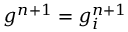
g ^ { n + 1 } = g _ { i } ^ { n + 1 }